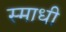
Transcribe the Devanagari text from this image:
स्माधी